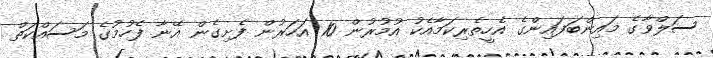
ސަލްވާގެ މައިންބަފައިންގެ އެހީތެރިކަމާއެކު އުމުުރުން 10 އަހަރުން ފެށިގެން އޭނާ ފެހުމުގެ މަސައްކަތް